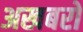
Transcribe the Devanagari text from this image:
अखबरों